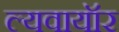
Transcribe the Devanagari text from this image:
ल्यवायॉर